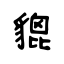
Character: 貔